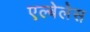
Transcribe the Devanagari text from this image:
एल्बेलेस